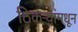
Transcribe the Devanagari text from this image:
ठिकऱ्यांमधून